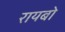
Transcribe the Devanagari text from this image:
रायबो